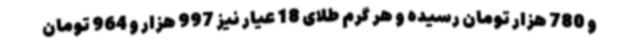
و 780 هزار تومان رسیده و هر گرم طلای 18 عیار نیز 997 هزار و 964 تومان